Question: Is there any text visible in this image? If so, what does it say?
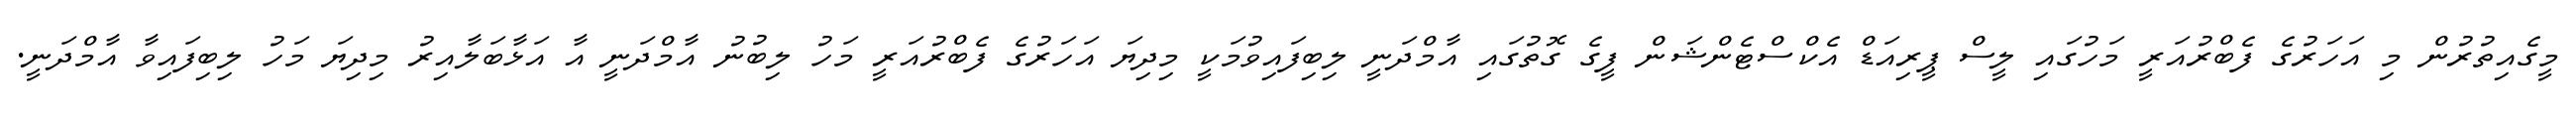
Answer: މީގެއިތުރުން މި އަހަރުގެ ފެބްރުއަރީ މަހުގައި ލީސް ޕީރިއަޑް އެކްސްޓެންޝަން ފީގެ ގޮތުގައި އާމްދަނީ ލިބިފައިވުމަކީ މިދިޔަ އަހަރުގެ ފެބްރުއަރީ މަހު ލިބުނު އާމްދަނީ އާ އަޅާބަލާއިރު މިދިޔަ މަހު ލިބިފައިވާ އާމްދަނީ.